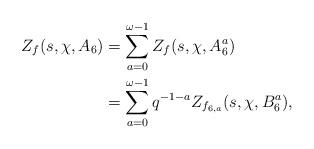
LaTeX: \begin{align*}Z_f(s, \chi, A_6)&=\sum_{a=0}^{\omega-1}{Z_f(s, \chi, A_6^a)}\\&=\sum_{a=0}^{\omega-1}q^{-1-a}Z_{f_{6, a}}(s, \chi, B_6^a),\end{align*}